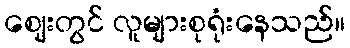
ဈေးတွင် လူများစုရုံးနေသည်။